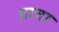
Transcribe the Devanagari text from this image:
प्रात्ता